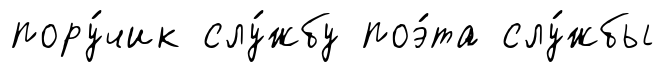
пору́чик слу́жбу поэ́та слу́жбы